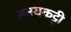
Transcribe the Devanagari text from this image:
अनयकट्टी